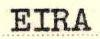
EIRA